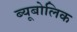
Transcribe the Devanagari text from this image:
ब्यूबोलिक